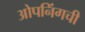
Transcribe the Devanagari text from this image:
ओपनिंगची